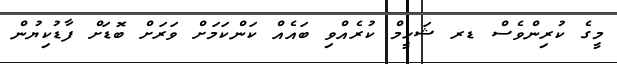
މީގެ ކުރިންވެސް ޑރ ޝަހީމް ކުރެއްވި ބައެއް ކަންކަމަށް ވަރަށް ބޮޑަށް ފާޑުކިޔުން